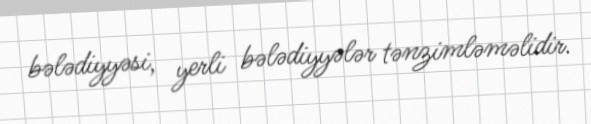
bələdiyyəsi, yerli bələdiyyələr tənzimləməlidir.